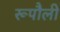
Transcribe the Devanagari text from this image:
रूपौली